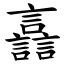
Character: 譶